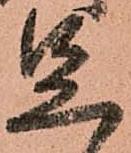
足